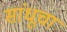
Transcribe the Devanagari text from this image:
सांधूचा